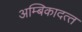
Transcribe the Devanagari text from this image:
अम्बिकादत्‍त